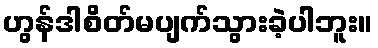
ဟွန်ဒါစိတ်မပျက်သွားခဲ့ပါဘူး။